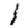
Digit: 1